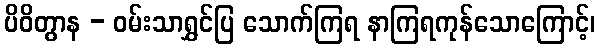
ပိဝိတွာန - ဝမ်းသာရွှင်ပြ သောက်ကြရ နာကြရကုန်သောကြောင့်၊